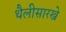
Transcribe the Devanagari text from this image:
थैलीसारखे